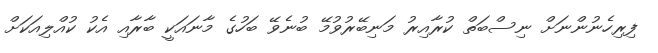
ފިރިހެނުންނަށް ނިސްބަތް ކުރާއިރު މަނިބޭރުވުމޭ ބުނެވޭ ބަހުގެ މާނައަކީ ބާރާއި އެކު ކުއްލިއަކަށް